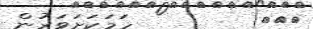
١٢٨         ހަމަކަށަވަރުން